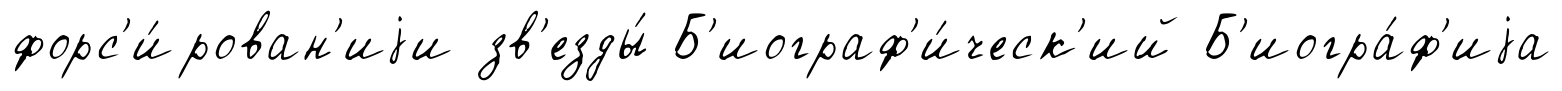
форс'и́рован'иjи зв'езды́ Б'иограф'и́ческ'ий Б'иогра́ф'иjа